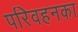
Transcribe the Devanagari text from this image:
परिवहनका